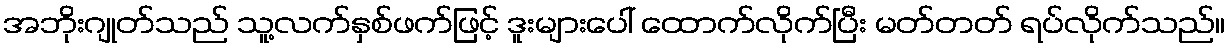
အဘိုးဂျုတ်သည် သူ့လက်နှစ်ဖက်ဖြင့် ဒူးများပေါ် ထောက်လိုက်ပြီး မတ်တတ် ရပ်လိုက်သည်။